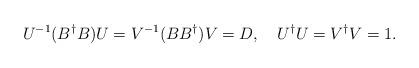
LaTeX: \begin{align*}U^{-1}(B^\dagger B)U=V^{-1}(B B^\dagger)V=D, \quad U^\dagger U=V^\dagger V=1 .\end{align*}